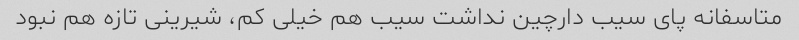
متاسفانه پای سیب دارچین نداشت سیب هم خیلی کم، شیرینی تازه هم نبود